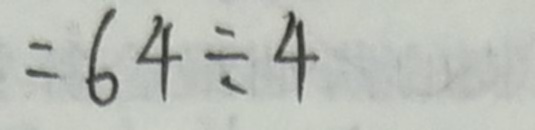
= 6 4 \div 4